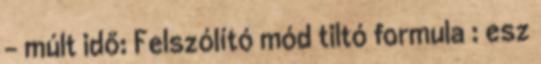
– múlt idő: Felszólító mód tiltó formula : esz